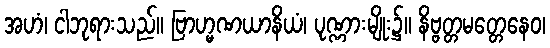
အဟံ၊ ငါဘုရားသည်။ ဗြာဟ္မဏယာနိယံ၊ ပုဏ္ဏားမျိုး၌။ နိဗ္ဗတ္တမတ္တေနေဝ၊